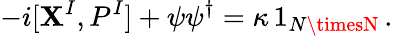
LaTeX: -i[\mathbf{X}^{I},P^{I}]+\psi\psi^{\dagger}=\kappa\, 1_{N\timesN}\, .